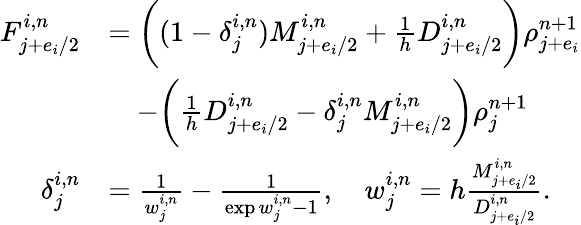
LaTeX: \begin{array}{rl}{F_{j+e_{i}/2}^{i,n}}&{=\bigg((1-\delta_{j}^{i,n})M_{j+e_{i}/2}^{i,n}+\frac{1}{h}D_{j+e_{i}/2}^{i,n}\bigg)\rho_{j+e_{i}}^{n+1}}\\ &{\quad-\bigg(\frac{1}{h}D_{j+e_{i}/2}^{i,n}-\delta_{j}^{i,n}M_{j+e_{i}/2}^{i,n}\bigg)\rho_{j}^{n+1}}\\ {\delta_{j}^{i,n}}&{=\frac{1}{w_{j}^{i,n}}-\frac{1}{\exp w_{j}^{i,n}-1},\quad w_{j}^{i,n}=h\frac{M_{j+e_{i}/2}^{i,n}}{D_{j+e_{i}/2}^{i,n}}.}\end{array}